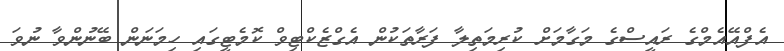
އެފްއޭއެމްގެ ރައީސްގެ މަގާމަށް ކުރިމަތިލާ ފަރާތަކުން އެގްޒެކްޓިވް ކޮމެޓީގައި ހިމަނަން ބޭނުންވާ ނުވަ